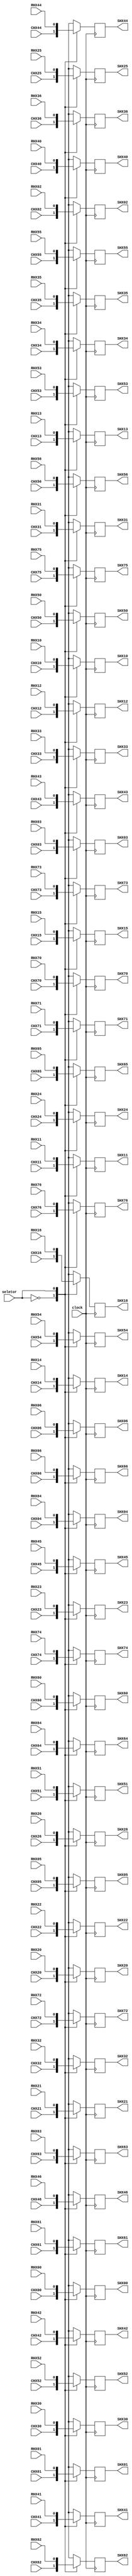
module ativador( RHX00, RHX01, RHX02, RHX03, RHX04, RHX05, RHX06,
				RHX10, RHX11, RHX12, RHX13, RHX14, RHX15, RHX16,
				RHX20, RHX21, RHX22, RHX23, RHX24, RHX25, RHX26,
				RHX30, RHX31, RHX32, RHX33, RHX34, RHX35, RHX36,
				RHX40, RHX41, RHX42, RHX43, RHX44, RHX45, RHX46,
				RHX50, RHX51, RHX52, RHX53, RHX54, RHX55, RHX56,
				RHX60, RHX61, RHX62, RHX63, RHX64, RHX65, RHX66,
				RHX70, RHX71, RHX72, RHX73, RHX74, RHX75, RHX76,
				
				CHX00, CHX01, CHX02, CHX03, CHX04, CHX05, CHX06,
				CHX10, CHX11, CHX12, CHX13, CHX14, CHX15, CHX16,
				CHX20, CHX21, CHX22, CHX23, CHX24, CHX25, CHX26,
				CHX30, CHX31, CHX32, CHX33, CHX34, CHX35, CHX36,
				CHX40, CHX41, CHX42, CHX43, CHX44, CHX45, CHX46,
				CHX50, CHX51, CHX52, CHX53, CHX54, CHX55, CHX56,
				CHX60, CHX61, CHX62, CHX63, CHX64, CHX65, CHX66,
				CHX70, CHX71, CHX72, CHX73, CHX74, CHX75, CHX76,
				seletor, clock,
				SHX00, SHX01, SHX02, SHX03, SHX04, SHX05, SHX06,
				SHX10, SHX11, SHX12, SHX13, SHX14, SHX15, SHX16,
				SHX20, SHX21, SHX22, SHX23, SHX24, SHX25, SHX26,
				SHX30, SHX31, SHX32, SHX33, SHX34, SHX35, SHX36,
				SHX40, SHX41, SHX42, SHX43, SHX44, SHX45, SHX46,
				SHX50, SHX51, SHX52, SHX53, SHX54, SHX55, SHX56,
				SHX60, SHX61, SHX62, SHX63, SHX64, SHX65, SHX66,
				SHX70, SHX71, SHX72, SHX73, SHX74, SHX75, SHX76);
input seletor, clock;
input 	RHX00, RHX01, RHX02, RHX03, RHX04, RHX05, RHX06,
		RHX10, RHX11, RHX12, RHX13, RHX14, RHX15, RHX16,
		RHX20, RHX21, RHX22, RHX23, RHX24, RHX25, RHX26,
		RHX30, RHX31, RHX32, RHX33, RHX34, RHX35, RHX36,
		RHX40, RHX41, RHX42, RHX43, RHX44, RHX45, RHX46,
		RHX50, RHX51, RHX52, RHX53, RHX54, RHX55, RHX56,
		RHX60, RHX61, RHX62, RHX63, RHX64, RHX65, RHX66,
		RHX70, RHX71, RHX72, RHX73, RHX74, RHX75, RHX76,		
		CHX00, CHX01, CHX02, CHX03, CHX04, CHX05, CHX06,
		CHX10, CHX11, CHX12, CHX13, CHX14, CHX15, CHX16,
		CHX20, CHX21, CHX22, CHX23, CHX24, CHX25, CHX26,
		CHX30, CHX31, CHX32, CHX33, CHX34, CHX35, CHX36,
		CHX40, CHX41, CHX42, CHX43, CHX44, CHX45, CHX46,
		CHX50, CHX51, CHX52, CHX53, CHX54, CHX55, CHX56,
		CHX60, CHX61, CHX62, CHX63, CHX64, CHX65, CHX66,
		CHX70, CHX71, CHX72, CHX73, CHX74, CHX75, CHX76;
	
output reg 	SHX00, SHX01, SHX02, SHX03, SHX04, SHX05, SHX06,
			SHX10, SHX11, SHX12, SHX13, SHX14, SHX15, SHX16,
			SHX20, SHX21, SHX22, SHX23, SHX24, SHX25, SHX26,
			SHX30, SHX31, SHX32, SHX33, SHX34, SHX35, SHX36,
			SHX40, SHX41, SHX42, SHX43, SHX44, SHX45, SHX46,
			SHX50, SHX51, SHX52, SHX53, SHX54, SHX55, SHX56,
			SHX60, SHX61, SHX62, SHX63, SHX64, SHX65, SHX66,
			SHX70, SHX71, SHX72, SHX73, SHX74, SHX75, SHX76;

always @(posedge clock) begin
	case(seletor)
		0 : begin 
				SHX00 = CHX00; SHX01 = CHX01; SHX02 = CHX02; SHX03 = CHX03; SHX04 = CHX04; SHX05 = CHX05; SHX06 = CHX06;
				SHX10 = CHX10; SHX11 = CHX11; SHX12 = CHX12; SHX13 = CHX13; SHX14 = CHX14; SHX15 = CHX15; SHX16 = CHX16;
				SHX20 = CHX20; SHX21 = CHX21; SHX22 = CHX22; SHX23 = CHX23; SHX24 = CHX24; SHX25 = CHX25; SHX26 = CHX26;
				SHX30 = CHX30; SHX31 = CHX31; SHX32 = CHX32; SHX33 = CHX33; SHX34 = CHX34; SHX35 = CHX35; SHX36 = CHX36;
				SHX40 = CHX40; SHX41 = CHX41; SHX42 = CHX42; SHX43 = CHX43; SHX44 = CHX44; SHX45 = CHX45; SHX46 = CHX46;
				SHX50 = CHX50; SHX51 = CHX51; SHX52 = CHX52; SHX53 = CHX53; SHX54 = CHX54; SHX55 = CHX55; SHX56 = CHX56;
				SHX60 = CHX60; SHX61 = CHX61; SHX62 = CHX62; SHX63 = CHX63; SHX64 = CHX64; SHX65 = CHX65; SHX66 = CHX66;
				SHX70 = CHX70; SHX71 = CHX71; SHX72 = CHX72; SHX73 = CHX73; SHX74 = CHX74; SHX75 = CHX75; SHX76 = CHX76;
			end
		1 : begin 
				SHX00 = RHX00; SHX01 = RHX01; SHX02 = RHX02; SHX03 = RHX03; SHX04 = RHX04; SHX05 = RHX05; SHX06 = RHX06;
				SHX10 = RHX10; SHX11 = RHX11; SHX12 = RHX12; SHX13 = RHX13; SHX14 = RHX14; SHX15 = RHX15; SHX16 = RHX16;
				SHX20 = RHX20; SHX21 = RHX21; SHX22 = RHX22; SHX23 = RHX23; SHX24 = RHX24; SHX25 = RHX25; SHX26 = RHX26;
				SHX30 = RHX30; SHX31 = RHX31; SHX32 = RHX32; SHX33 = RHX33; SHX34 = RHX34; SHX35 = RHX35; SHX36 = RHX36;
				SHX40 = RHX40; SHX41 = RHX41; SHX42 = RHX42; SHX43 = RHX43; SHX44 = RHX44; SHX45 = RHX45; SHX46 = RHX46;
				SHX50 = RHX50; SHX51 = RHX51; SHX52 = RHX52; SHX53 = RHX53; SHX54 = RHX54; SHX55 = RHX55; SHX56 = RHX56;
				SHX60 = RHX60; SHX61 = RHX61; SHX62 = RHX62; SHX63 = RHX63; SHX64 = RHX64; SHX65 = RHX65; SHX66 = RHX66;
				SHX70 = RHX70; SHX71 = RHX71; SHX72 = RHX72; SHX73 = RHX73; SHX74 = RHX74; SHX75 = RHX75; SHX76 = RHX76;
			end
	endcase
end
endmodule